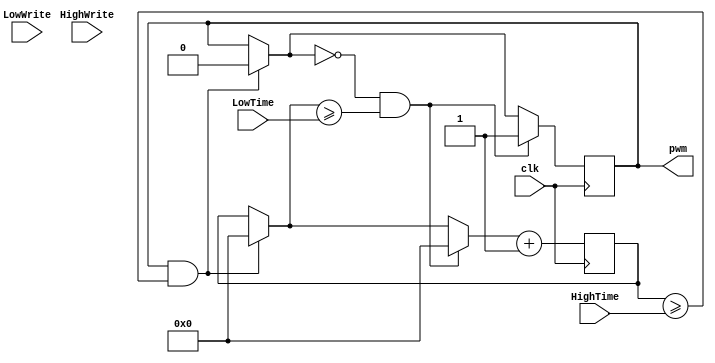
module PWM(clk, HighTime, LowTime, HighWrite, LowWrite, pwm);
input  [15:0] HighTime, LowTime;
output pwm;
input clk;
input  HighWrite, LowWrite;
reg [15:0] cnt = 0;
reg [15:0] high, low;
reg temp = 1;
assign pwm = temp;
always @(posedge (clk)) begin
	
	if (temp && cnt >= high) begin
		cnt = 0;
		temp = 0;
	end
	
	if (~temp && cnt >= low) begin
		cnt = 0;
		temp = 1;
	end
	cnt = cnt + 1;
	
end
always @(HighWrite)
	high = HighTime;
always @(LowWrite)
	low = LowTime;

endmodule